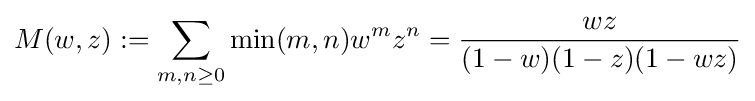
M(w,z):=\sum _{m,n\geq 0}\min(m,n)w^{m}z^{n}={\frac {wz}{(1-w)(1-z)(1-wz)}}